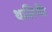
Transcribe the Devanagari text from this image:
थालिपीठे